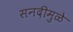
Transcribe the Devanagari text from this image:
सनदीमुळे